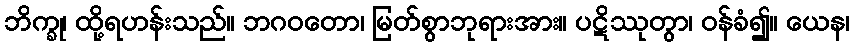
ဘိက္ခု၊ ထို့ရဟန်းသည်။ ဘဂဝတော၊ မြတ်စွာဘုရားအား။ ပဋိဿုတွာ၊ ဝန်ခံ၍။ ယေန၊